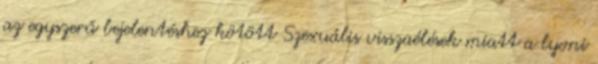
az egyszerű bejelentéshez kötött Szexuális visszaélések miatt a lyoni